Veterinary [1904] -
Year: 1904
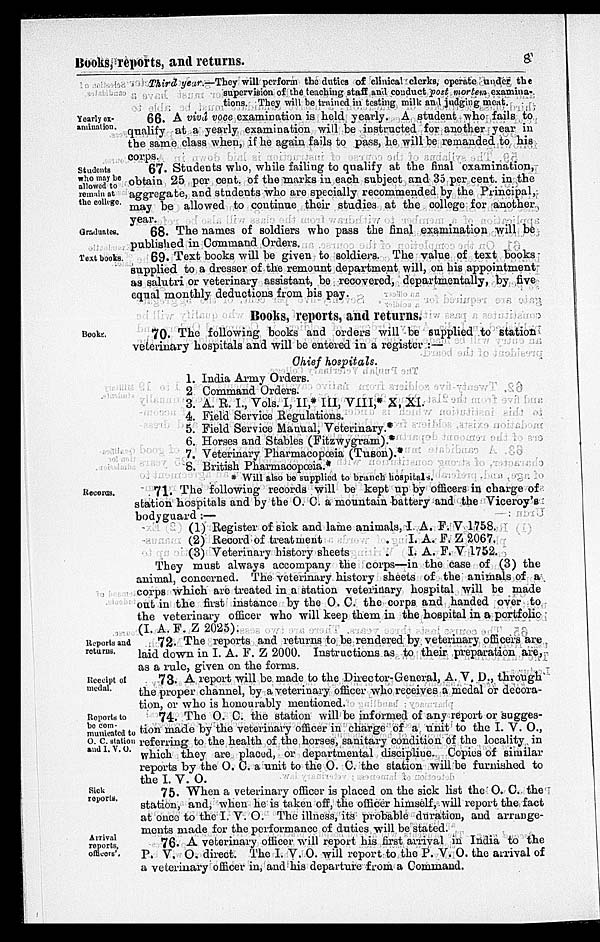
Books, reports, and returns.
8
Third year.—They will perform the duties of clinical clerks, operate under the
supervision of the teaching staff and conduct post mortem examina-
tions. They will be trained in testing milk and judging meat.
Yearly ex-
amination.
66. A vivd voce examination is held yearly. A student who fails to
qualify at a yearly examination will be instructed for another year in
the same class when, if he again fails to pass, he will be remanded to his
corps.
Students
who may be
allowed to
remain at
the college.
67. Students who, while failing to qualify at the final examination,
obtain 25 per cent of the marks in each subject and 35 per cent. in the
aggregate, and students who are specially recommended by the Principal,
may be allowed to continue their studies at the college for another
year.
Graduates.
68. The names of soldiers who pass the final examination will be
published in Command Orders.
Text books.
69. Text books will be given to soldiers. The value of text books
supplied to a dresser of the remount department will, on his appointment
as salutri or veterinary assistant, be recovered, departmentally, by five
equal monthly deductions from his pay.
Books, reports, and returns.
Book
70. The following books and orders will be supplied to station
veterinary hospitals and will be entered in a register :—
Chief hospitals.
1.
2
3.
4.
5.
6.
7.
8.
India Army Orders.
Command Orders.
A. R. I., Vols. I, II,* III, VIII,* X, XI.
Field Service Regulations.
Field Service Manual, Veterinary.*
Horses and Stables (Fitzwygram).*
Veterinary Pharmacopœia (Tuson).*
British Pharmacopœia.*
* Will also be supplied to branch hospitals.
Records.
71. The following records will be kept up by officers in charge of
station hospitals and by the O. C. a mountain battery and the Viceroy's
bodyguard :—
(1)
(2)
(3)
Register of sick and lame animals,
Record of treatment .
Veterinary history sheets .
I. A. F. V 1758.
I. A. F. Z 2067.
I. A. F. V 1752.
They must always accompany the corps—in the case of (3) the
animal, concerned. The veterinary history sheets of the animals of a
corps which are treated in a station veterinary hospital will be made
out in the first instance by the O. C. the corps and handed over to
the veterinary officer who will keep them in the hospital in a portfolio
(I. A. F. Z 2025).
Reports and
returns.
72. The reports and returns to be rendered by veterinary officers are
laid down in I. A. F. Z 2000. Instructions as to their preparation are,
as a rule, given on the forms.
Receipt of
medal.
73. A report will be made to the Director-General, A. V. D., through
the proper channel, by a veterinary officer who receives a medal or decora-
tion, or who is honourably mentioned.
Reports to
be com-
municated to
O. C. station
and I. V. O.
74. The O. C. the station will be informed of any report or sugges-
tion made by the veterinary officer in charge of a unit to the I. V. O.,
referring to the health of the horses, sanitary condition of the locality in
which they are placed, or departmental discipline. Copies of similar
reports by the O. C. a unit to the O. C. the station will be furnished to
the I. V. O.
Sick
reports.
75. When a veterinary officer is placed on the sick list the O. C. the
station, and, when he is taken off, the officer himself, will report the fact
at once to the I. V. O. The illness, its probable duration, and arrange-
ments made for the performance of duties will be stated.
Arrival
reports,
officers.
76. A veterinary officer will report his first arrival in India to the
P. V. O. direct. The I. V. O. will report to the P. V. O. the arrival of
a veterinary officer in, and his departure from a Command.